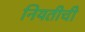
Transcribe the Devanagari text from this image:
नियतीची